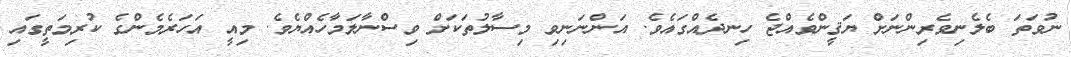
ނުވަތަ ބެލެނިވެރިންނަށް ޔަޤީންވެއްޖެ ހިނދެއްގައެވެ. އަންނަނިވި މިސާލުތަކަށް ވިސްނާލަމާހެއްޔެވެ. މިއީ އަހަރެމެންގެ ކުރިމަތީގައި